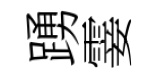
踴霎